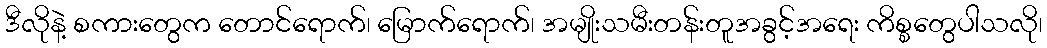
ဒီလိုနဲ့ စကားတွေက တောင်ရောက်၊ မြောက်ရောက်၊ အမျိုးသမီးတန်းတူအခွင့်အရေး ကိစ္စတွေပါသလို၊